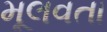
મૂલવતા